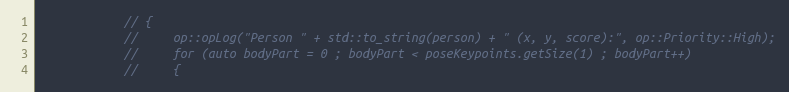
Language: C++
            // {
            //     op::opLog("Person " + std::to_string(person) + " (x, y, score):", op::Priority::High);
            //     for (auto bodyPart = 0 ; bodyPart < poseKeypoints.getSize(1) ; bodyPart++)
            //     {